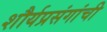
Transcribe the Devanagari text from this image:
शौर्यप्रसंगांची